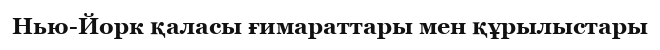
Нью-Йорк қаласы ғимараттары мен құрылыстары